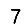
Digit: 7